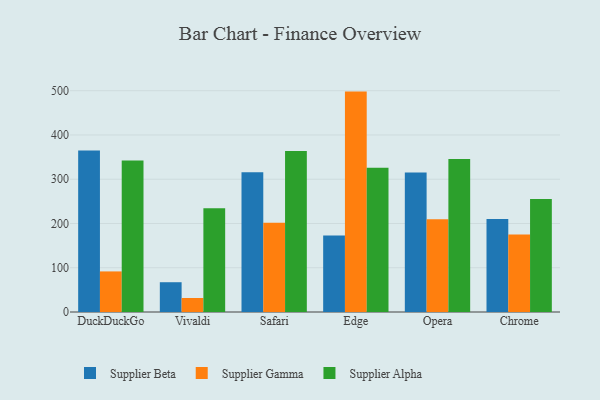
{"axis": {"x": "Browser", "y": "Churn Rate (%)"}, "legend": ["Supplier Alpha", "Supplier Beta", "Supplier Gamma"], "data": [{"x": "DuckDuckGo", "y": 364.7, "type": "Supplier Beta"}, {"x": "DuckDuckGo", "y": 91.7, "type": "Supplier Gamma"}, {"x": "DuckDuckGo", "y": 342.1, "type": "Supplier Alpha"}, {"x": "Vivaldi", "y": 67.3, "type": "Supplier Beta"}, {"x": "Vivaldi", "y": 31.7, "type": "Supplier Gamma"}, {"x": "Vivaldi", "y": 234.3, "type": "Supplier Alpha"}, {"x": "Safari", "y": 315.5, "type": "Supplier Beta"}, {"x": "Safari", "y": 201.8, "type": "Supplier Gamma"}, {"x": "Safari", "y": 363.6, "type": "Supplier Alpha"}, {"x": "Edge", "y": 172.8, "type": "Supplier Beta"}, {"x": "Edge", "y": 498.0, "type": "Supplier Gamma"}, {"x": "Edge", "y": 325.9, "type": "Supplier Alpha"}, {"x": "Opera", "y": 315.3, "type": "Supplier Beta"}, {"x": "Opera", "y": 209.6, "type": "Supplier Gamma"}, {"x": "Opera", "y": 345.7, "type": "Supplier Alpha"}, {"x": "Chrome", "y": 210.3, "type": "Supplier Beta"}, {"x": "Chrome", "y": 174.9, "type": "Supplier Gamma"}, {"x": "Chrome", "y": 255.5, "type": "Supplier Alpha"}]}